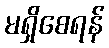
မရှိစေရန်